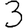
Digit: 3